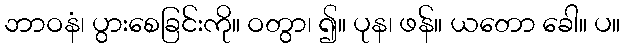
ဘာဝနံ၊ ပွားစေခြင်းကို။ ဝတွာ၊ ၍။ ပုန၊ ဖန်။ ယတော ခေါ။ ပ။